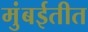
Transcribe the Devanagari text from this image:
मुंबईतीत